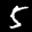
Label: 5